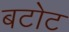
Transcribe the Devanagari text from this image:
बटोट